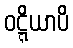
ဝဋ္ဋိယာပိ